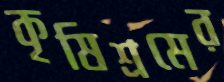
কৃষিশ্রমের